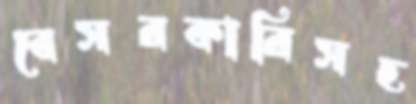
বেসরকারিসহ